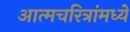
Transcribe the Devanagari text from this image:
आत्मचरित्रांमध्ये